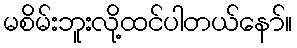
မစိမ်းဘူးလို့ထင်ပါတယ်နော်။